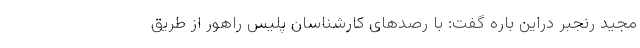
مجید رنجبر دراین باره گفت: با رصدهای کارشناسان پلیس راهور از طریق